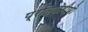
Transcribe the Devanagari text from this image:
प्रतियोगीयो